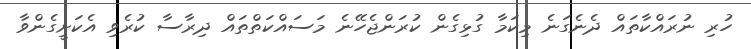
ހުރި ނުރައްކާތައް ދެނެގަނެ މިކަމާ ގުޅިގެން ކުރަންޖެހޭނެ މަސައްކަތްތައް ދިރާސާ ކުރެވި އެކަށީގެންވާ